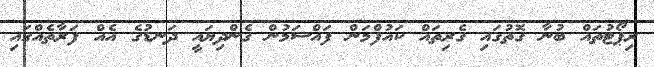
ރިޕޯޓުތައް ބުނާ ގޮތުގައި ގެރިތައް ކައުފްމަން ފައްސަމުން ގެންދިޔައީ ދަނޑުގެ އެއް ފަރާތެއްގައި